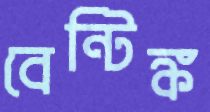
বেন্টিঙ্ক